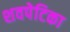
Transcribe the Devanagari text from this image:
शवपेटिका